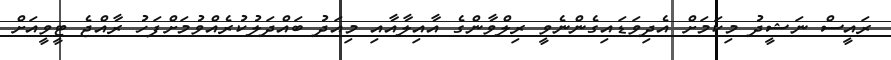
ރައީސް ނަޝީދު މިކަމަށް އެދިވަޑައިގެންނެވީ ރިލްވާންގެ އާއިލާއާއި މިއަދު ބައްދަލުކުރެއްވުމަށްފަހު ރާއްޖެ ޓީވީއަށް